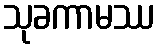
သုခကာမဿ